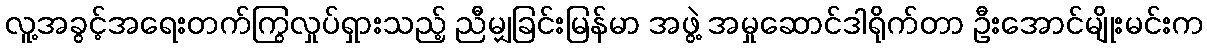
လူ့အခွင့်အရေးတက်ကြွလှုပ်ရှားသည့် ညီမျှခြင်းမြန်မာ အဖွဲ့ အမှုဆောင်ဒါရိုက်တာ ဦးအောင်မျိုးမင်းက